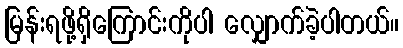
မြန်းရဖို့ရှိကြောင်းကိုပါ လျှောက်ခဲ့ပါတယ်။